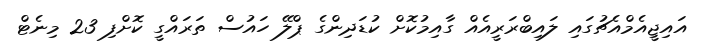
އައިޖީއެމްއެޗުގައި ލައިބްރަރީއެއް ގާއިމުކޮށް ކުޑަދިންގެ ޕްލޭ ހައުސް ތަރައްގީ ކޮށްފި 23 މިނެޓް